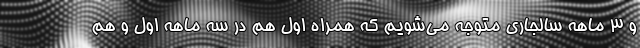
و 3 ماهه سالجاری متوجه می‌شویم که همراه اول هم در سه ماهه اول و هم